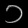
Digit: ၁